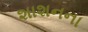
શાશનના